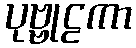
ပုဗ္ဗုဠကာ